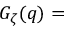
G _ { \zeta } ( q ) =